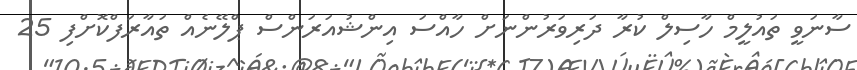
ސާނަވީ ތައުލީމް ހާސިލް ކުރާ ދަރިވަރުންނަށް ހާއްސަ އިންޝުއަރަންސް ޕްލޭނެއް ތައާރަފްކޮށްފި 25